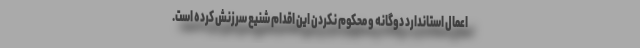
اعمال استاندارد دوگانه و محکوم نکردن این اقدام شنیع سرزنش کرده است.